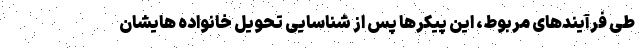
طی فرآیندهای مربوط، این پیکرها پس از شناسایی تحویل خانواده هایشان